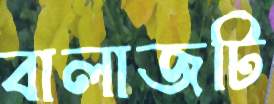
বালাজটি